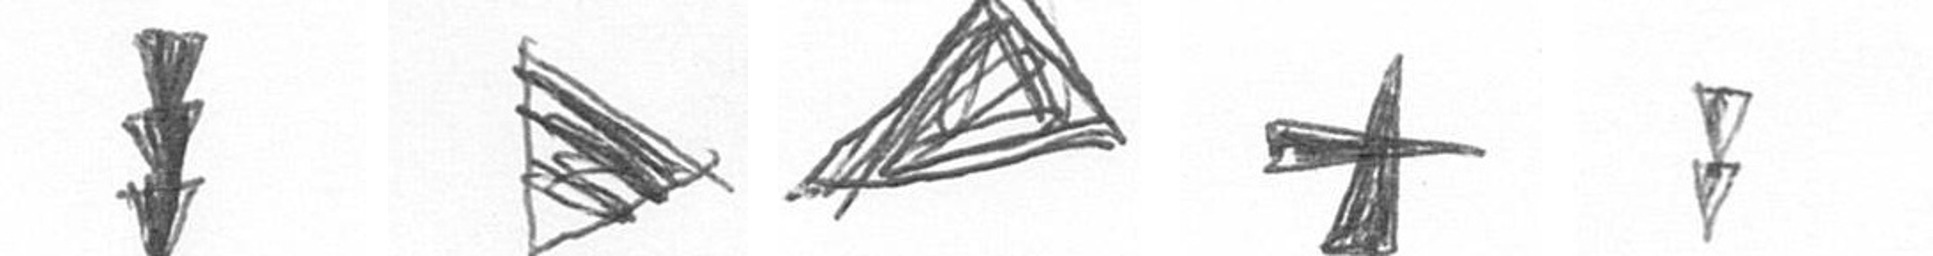
E T O G Z